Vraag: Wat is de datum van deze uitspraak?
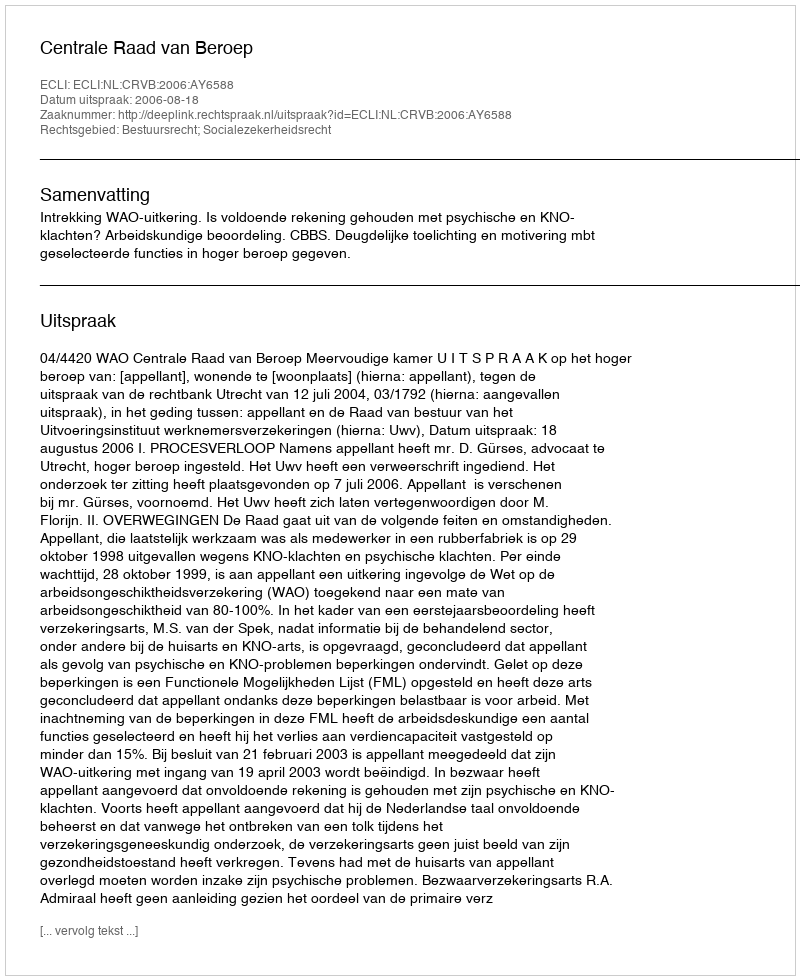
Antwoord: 2006-08-18